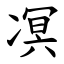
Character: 凕